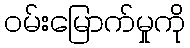
ဝမ်းမြောက်မှုကို